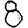
Digit: 8